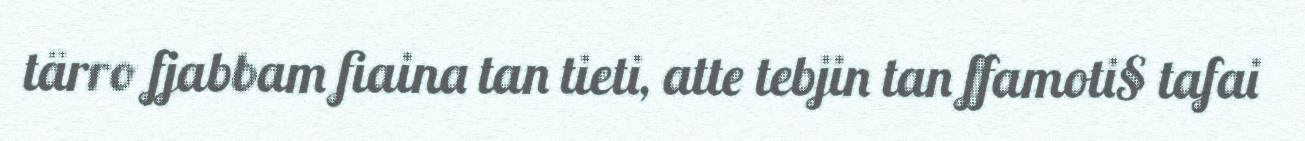
tärro fjabbam fiaina tan tieti, atte tebjin tan ffamoti§ tafai